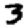
Digit: 3